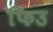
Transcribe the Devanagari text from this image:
फिउ